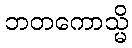
ဘတကောသ္မိ